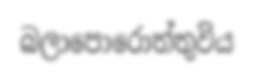
බලාපොරොත්තුවිය